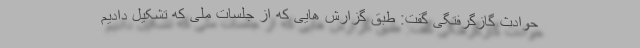
حوادث گازگرفتگی گفت: طبق گزارش هایی که از جلسات ملی که تشکیل دادیم